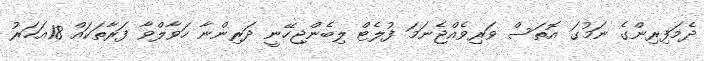
ދެމަފިރިންގެ ނަމުގަ އޮތަސް ވަރިވެއްޖެނަމަ ފުލެޓް ލިބެންޖިހޭނީ ދަރިންނާ ހަވާލްވާ ފަރާތަކައް 18އަހަރު